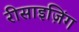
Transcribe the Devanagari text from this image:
रीसाइज़िंग